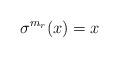
LaTeX: \begin{align*}\sigma^{m_r}(x) = x\end{align*}